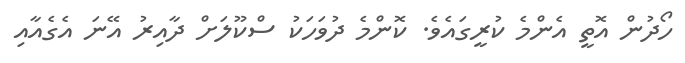
ހޯދުން އޮތީ އެންމެ ކުރީގައެވެ. ކޮންމެ ދުވަހަކު ސްކޫލަށް ދާއިރު އޭނަ އެގެއާއި